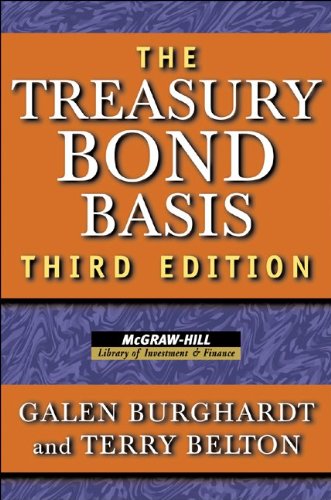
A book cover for The Treasury Bond Basis: An in-Depth Analysis for Hedgers, Speculators, and Arbitrageurs (McGraw-Hill Library of Investment and Finance); Galen Burghardt; Business & Money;